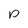
Character: p